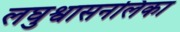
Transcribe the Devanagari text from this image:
लघुश्वासनलिका